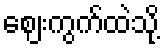
ဈေးကွက်ထဲသို့